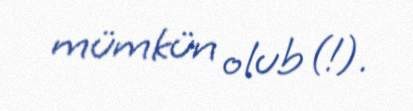
mümkün olub (!).